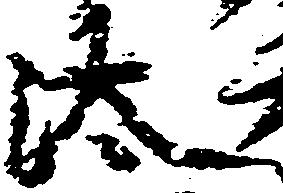
汰